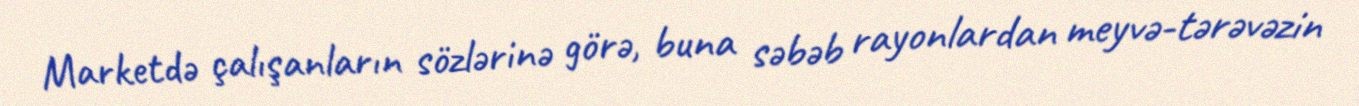
Marketdə çalışanların sözlərinə görə, buna səbəb rayonlardan meyvə-tərəvəzin